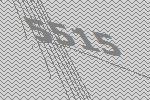
5515